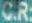
C.R